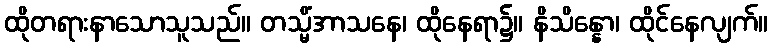
ထိုတရားနာသောသူသည်။ တသ္မိံအာသနေ၊ ထိုနေရာ၌။ နိသိန္နော၊ ထိုင်နေလျက်။